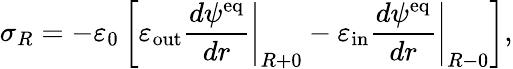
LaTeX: \sigma_{R}=-\varepsilon_{0}\left[\left.\varepsilon_{\mathrm{out}}\frac{d\psi^{\mathrm{eq}}}{dr}\right|_{R+0}-\left.\varepsilon_{\mathrm{in}}\frac{d\psi^{\mathrm{eq}}}{dr}\right|_{R-0}\right],